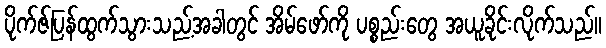
ပိုက်ဇ်ပြန်ထွက်သွားသည့်အခါတွင် အိမ်ဖော်ကို ပစ္စည်းတွေ အယူခိုင်းလိုက်သည်။